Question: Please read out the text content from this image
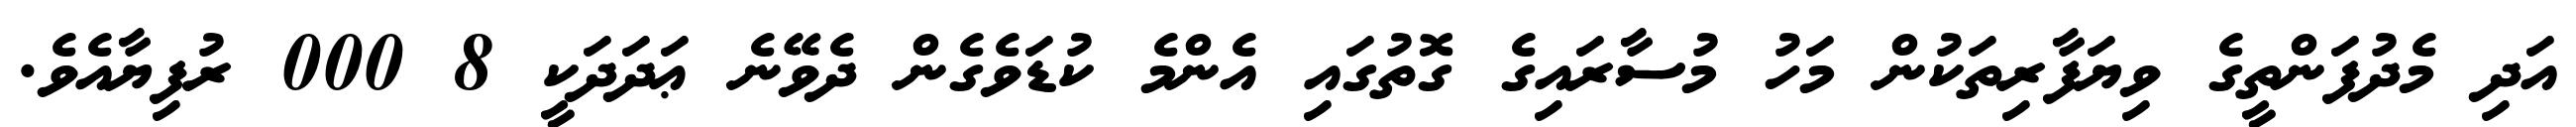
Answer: އަދި މެދުފަންތީގެ ވިޔަފާރިތަކުން މަހު މުސާރައިގެ ގޮތުގައި އެންމެ ކުޑަވެގެން ދެވޭނެ ޢަދަދަކީ 8 000 ރުފިޔާއެވެ.